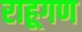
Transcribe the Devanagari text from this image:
राहूगण